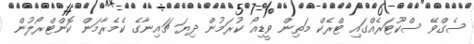
ސެގްވޭ ސްކޫޓަރެއްގައި ޓްރެކް މަތިން ވީޑިއޯ ކުރަމުން ދިޔަ ޗައިނާގެ ކެމެރާމަން ކޮންޓްރޯލުން